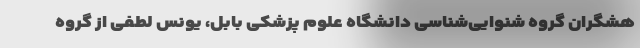
هشگران گروه شنوایی‌شناسی دانشگاه علوم پزشکی بابل، یونس لطفی از گروه